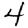
Digit: 4